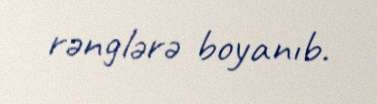
rənglərə boyanıb.